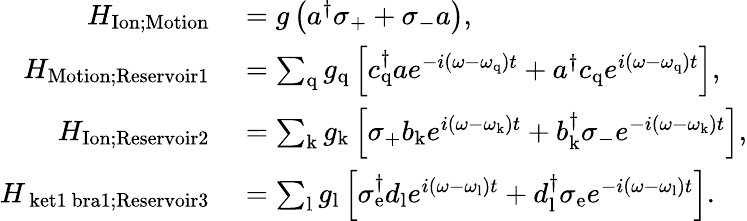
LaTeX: \begin{array}{rl}{H_{\mathrm{Ion;Motion}}}&{{}=g\left(a^{\dagger}\sigma_{\mathrm{+}}+\sigma_{\mathrm{-}}a\right),}\\ {H_{\mathrm{Motion;Reservoir1}}}&{{}=\sum_{\mathrm{q}}g_{\mathrm{q}}\left[c_{\mathrm{q}}^{\dagger}ae^{-i(\omega-\omega_{\mathrm{q}})t}+a^{\dagger}c_{\mathrm{q}}e^{i(\omega-\omega_{\mathrm{q}})t}\right],}\\ {H_{\mathrm{Ion;Reservoir2}}}&{{}=\sum_{\mathrm{k}}g_{\mathrm{k}}\left[\sigma_{\mathrm{+}}b_{\mathrm{k}}e^{i(\omega-\omega_{\mathrm{k}})t}+b_{\mathrm{k}}^{\dagger}\sigma_{\mathrm{-}}e^{-i(\omega-\omega_{\mathrm{k}})t}\right],}\\ {H_{\mathrm{\ ket{1}\ bra{1};Reservoir3}}}&{{}=\sum_{\mathrm{l}}g_{\mathrm{l}}\left[\sigma_{\mathrm{e}}^{\dagger}d_{\mathrm{l}}e^{i(\omega-\omega_{\mathrm{l}})t}+d_{\mathrm{l}}^{\dagger}\sigma_{\mathrm{e}}e^{-i(\omega-\omega_{\mathrm{l}})t}\right].}\end{array}